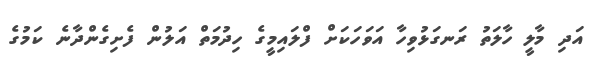
އަދި މާލީ ހާލަތު ރަނގަޅުވިހާ އަވަހަކަށް ފްލައިމީގެ ހިދުމަތް އަލުން ފެށިގެންދާނެ ކަމުގެ